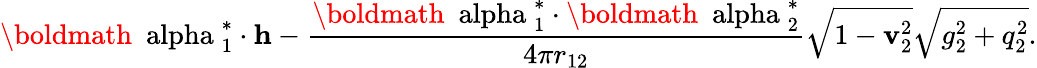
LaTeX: {\mathrm{\boldmath~\ alpha~}}_{1}^{*}\cdot{\mathbf h}-\frac{{\mathrm{\boldmath~\ alpha~}}_{1}^{*}\cdot{\mathrm{\boldmath~\ alpha~}}_{2}^{*}}{4\pi r_{12}}\sqrt{1-{\mathbf v}_{2}^{2}}\sqrt{g_{2}^{2}+q_{2}^{2}}.